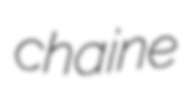
chaine